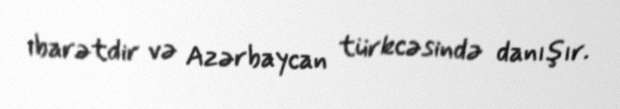
ibarətdir və Azərbaycan türkcəsində danışır.